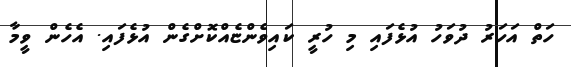
ހަތް އަހަރު ދުވަހު އުޅެފައި މި ހުރީ ކައިވެންޏެއްކޮށްގެން އުޅެފައި. އެހެން ވީމާ